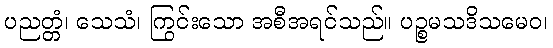
ပညတ္တံ၊ သေသံ၊ ကြွင်းသော အစီအရင်သည်။ ပဉ္စမသဒိသမေဝ၊